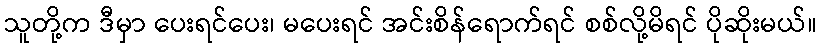
သူတို့က ဒီမှာ ပေးရင်ပေး၊ မပေးရင် အင်းစိန်ရောက်ရင် စစ်လို့မိရင် ပိုဆိုးမယ်။